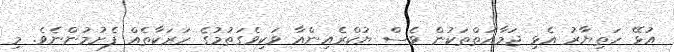
އުޅޭ ހަތިޔާރު އެޅި ޖަމާއަތްތަކުން ވެސް ޔުކްރެއިންއާ ވަކިވެގަތުމުގެ ހަރަކާތެއް ފެށުމުންނެވެ. މި